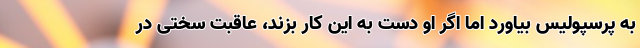
به پرسپولیس بیاورد اما اگر او دست به این کار بزند، عاقبت سختی در